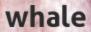
whale